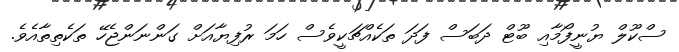
ސްކޫލް ޔުނީފޯމާއި ބޫޓް ދަބަސް ފަދަ ތަކެއްޗަކީވެސް ހަމަ ރުފިޔާއަށް ގަންނަންޖެހޭ ތަކެތިތާއެވެ.